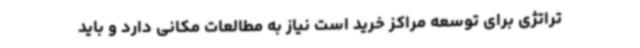
تراتژی برای توسعه مراکز خرید است نیاز به مطالعات مکانی دارد و باید